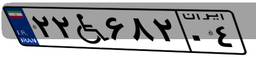
۲۲W۶۸۲۰۴